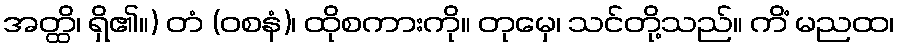
အတ္ထိ၊ ရှိ၏။) တံ (ဝစနံ)၊ ထိုစကားကို။ တုမှေ၊ သင်တို့သည်။ ကိံ မညထ၊